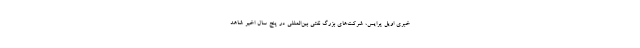
خبری اویل پرایس، شرکت‌های بزرگ نفتی بین‌المللی در پنج سال اخیر شاهد